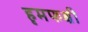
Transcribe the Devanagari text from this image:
हृमफक्षी